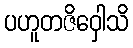
ပဟူတဇိဝှေါသိ